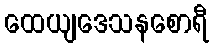
ထေယျဒေသနစောရီ